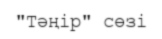
"Тәңір" сөзі